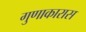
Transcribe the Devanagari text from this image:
गुणाकारास